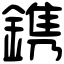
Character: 鎸